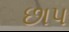
છાપ